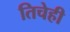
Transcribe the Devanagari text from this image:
तिचेही